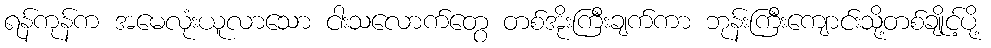
ရန်ကုန်က အမေလုံးယူလာသော ငါးသလောက်တွေ တစ်အိုးကြီးချက်ကာ ဘုန်းကြီးကျောင်းသို့တစ်ချိုင့်ပို့